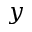
y